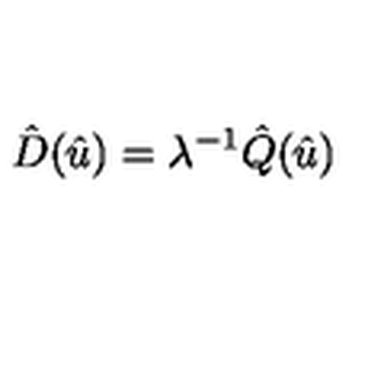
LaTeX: \hat { D } ( \hat { u } ) = \lambda ^ { - 1 } \hat { Q } ( \hat { u } )